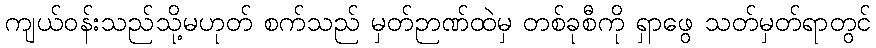
ကျယ်ဝန်းသည်သို့မဟုတ် စက်သည် မှတ်ဉာဏ်ထဲမှ တစ်ခုစီကို ရှာဖွေ သတ်မှတ်ရာတွင်